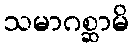
သမာဂစ္ဆာမိ